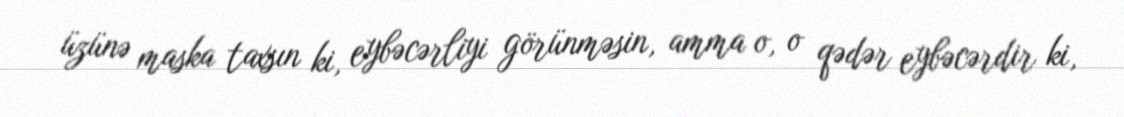
üzünə maska taxsın ki, eybəcərliyi görünməsin, amma o, o qədər eybəcərdir ki,